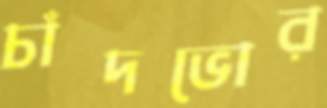
চাঁদভোর